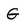
Character: G